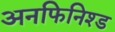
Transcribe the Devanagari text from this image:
अनफिनिश्ड